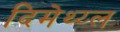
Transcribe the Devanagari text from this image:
दिमेथ्य्ल